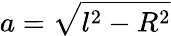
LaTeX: a=\sqrt{l^{2}-R^{2}}